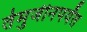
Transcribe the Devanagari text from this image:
तेमुजीनपर्यंत